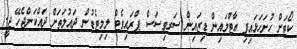
ކޯޓަށް ހުށަހަޅައިފި އާޓްލައިން ޑިޒައިން ސަރވިސަސް ޕްރައިވެޓް ލިމިޓެޑުން ދައުލަތަށް ދައްކަންޖެހޭ ޖީ.